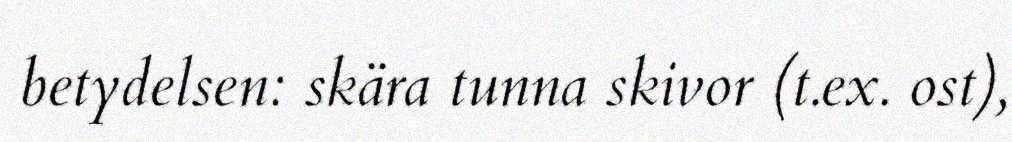
betydelsen: skära tunna skivor (t.ex. ost),